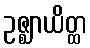
ဥဇ္ဈာယိတ္ထ